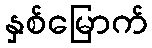
နှစ်မြောက်